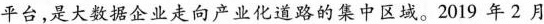
平台，是大数据企业走向产业化道路的集中区域。2019年2月